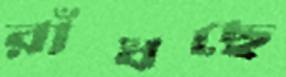
রাঁধছে